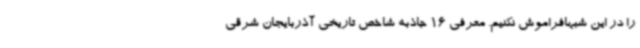
را در این شبهافراموش نکنیم. معرفی 16 جاذبه شاخص تاریخی آذربایجان شرقی